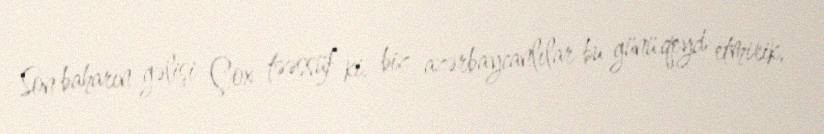
Son baharın gəlişi Çox təəssüf ki, biz azərbaycanlılar bu günü qeyd etmirik,